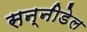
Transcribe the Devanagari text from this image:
सन्नीडेल